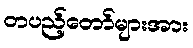
တပည့်တော်များအား